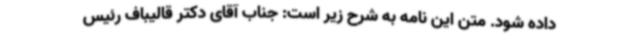
داده شود. متن این نامه به شرح زیر است: جناب آقای دکتر قالیباف رئیس